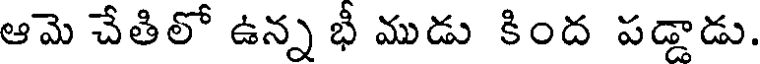
ఆమె చేతిలో ఉన్న భీ ముడు కింద పడ్డాడు.